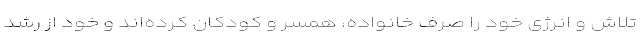
تلاش و انرژی خود را صرف خانواده، همسر و کودکان کرده‌اند و خود از رشد